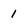
Character: 1